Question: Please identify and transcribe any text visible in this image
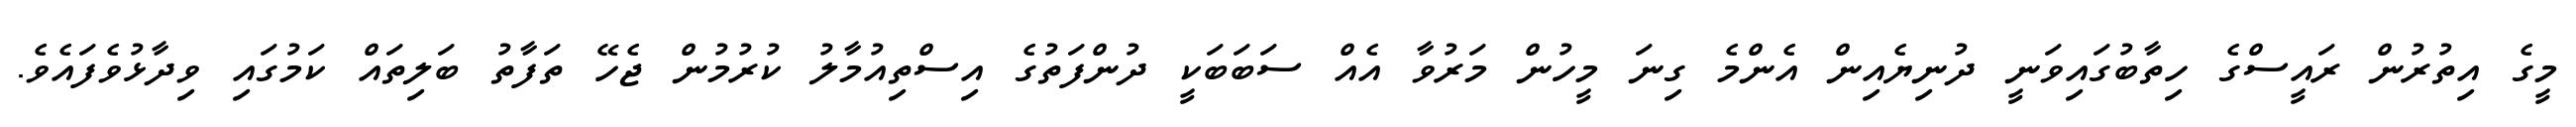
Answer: މީގެ އިތުރުން ރައީސްގެ ހިތާބުގައިވަނީ ދުނިޔެއިން އެންމެ ގިނަ މީހުން މަރުވާ އެއް ސަބަބަކީ ދުންފަތުގެ އިސްތިއުމާލު ކުރުމުން ޖެހޭ ތަފާތު ބަލިތައް ކަމުގައި ވިދާޅުވެފައެވެ.